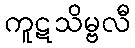
ကူဋသိမ္ဗလီ